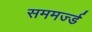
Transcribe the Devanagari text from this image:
सममर्ज्ड